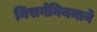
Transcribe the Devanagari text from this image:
निसर्गनियमाने